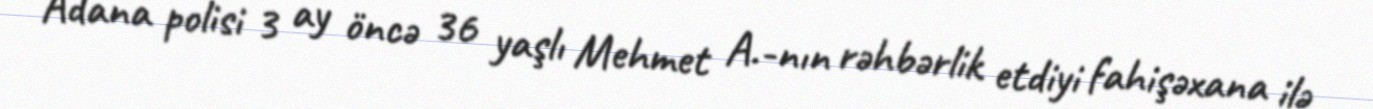
Adana polisi 3 ay öncə 36 yaşlı Mehmet A.-nın rəhbərlik etdiyi fahişəxana ilə